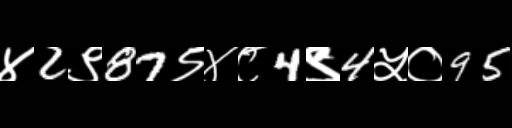
Text: ४2९87९४८4९4५०95